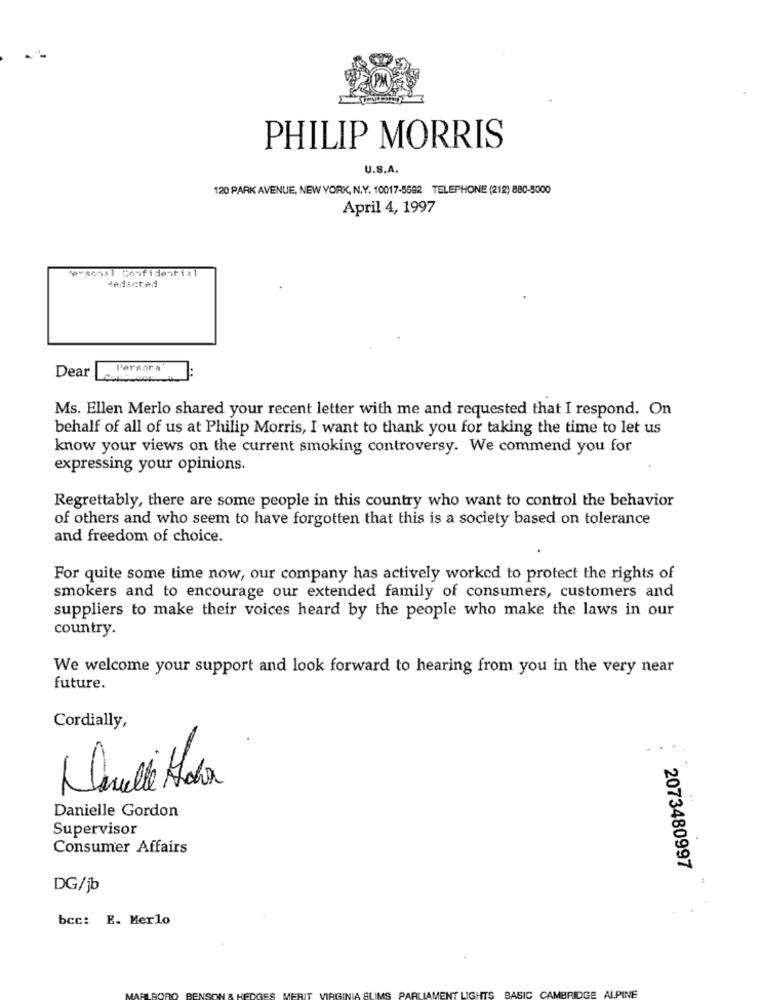
PHILIP MORRIS
U.S.A.
120 PARK AVENUE, NEW YORK, N.Y. 10017-5592 TELEPHONE (212) 880-5000
April 4, 1997
arsenal Confidential
dedicted
Dear
Persora
Ms. Ellen Merlo shared your recent letter with me and requested that I respond. On
behalf of all of us at Philip Morris, I want to thank you for taking the time to let us
know your views on the current smoking controversy. We commend you for
expressing your opinions.
Regrettably, there are some people in this country who want to control the behavior
of others and who seem to have forgotten that this is a society based on tolerance
and freedom of choice.
For quite some time now, our company has actively worked to protect the rights of
smokers and to encourage our extended family of consumers, customers and
suppliers to make their voices heard by the people who make the laws in our
country.
We welcome your support and look forward to hearing from you in the very near
future.
Cordially,
Danielle Gordon
Supervisor
Consumer Affairs
2073480997
DG/jb
bcc: E. Merlo
ARLLAMENT LIGHTS
BASIC CAMBRIDGE ALPINE